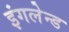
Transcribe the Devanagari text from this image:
इंगलेन्ड